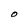
Character: O